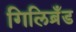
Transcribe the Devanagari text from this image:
गिलिब्रँड